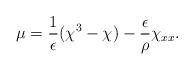
LaTeX: \begin{align*} \mu=\frac{1}{\epsilon}(\chi^3-\chi)-\frac{\epsilon}{\rho}\chi_{xx}.\end{align*}